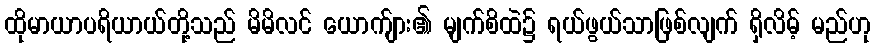
ထိုမာယာပရိယာယ်တို့သည် မိမိလင် ယောက်ျား၏ မျက်စိထဲ၌ ရယ်ဖွယ်သာဖြစ်လျက် ရှိလိမ့် မည်ဟု